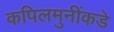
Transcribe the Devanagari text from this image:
कपिलमुनींकडे